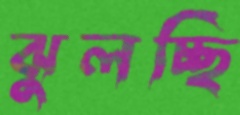
ঝুলচ্ছি